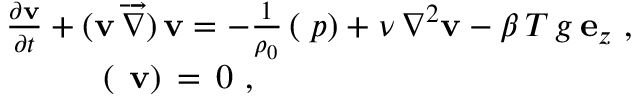
\begin{array} { r } { \frac { \partial { \bf v } } { \partial t } + ( { \bf v } \, \overrightarrow { \nabla } ) \, { \bf v } = - \frac { 1 } { \rho _ { 0 } } \, ( { \bf \nabla } { p } ) + \nu \, \nabla ^ { 2 } { \bf v } - \beta \, T \, g \, { \bf e } _ { z } \ , \ \ \ } \\ { ( \mathbf { \nabla } \, { \bf v } ) \, = \, 0 \ , \qquad \qquad \qquad \qquad \qquad \qquad } \end{array}